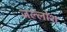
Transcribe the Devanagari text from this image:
जल्लोश